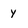
Character: y